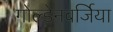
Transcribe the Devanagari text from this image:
गोल्डेनबर्जिया